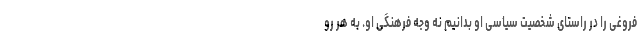
فروغی را در راستای شخصیت سیاسی او بدانیم نه وجه فرهنگی او. به هر رو